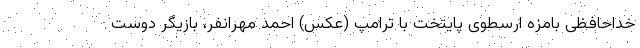
خداحافظی بامزه ارسطوی پایتخت با ترامپ (عکس) احمد مهرانفر، بازیگر دوست